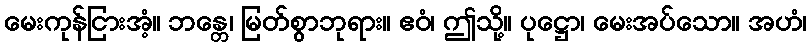
မေးကုန်ငြားအံ့။ ဘန္တေ၊ မြတ်စွာဘုရား။ ဧဝံ၊ ဤသို့။ ပုဋ္ဌော၊ မေးအပ်သော။ အဟံ၊